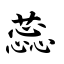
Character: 蕊